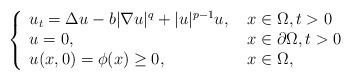
LaTeX: \begin{align*}\left\{\begin{array}{ll}u_t = \Delta u - b|\nabla u|^{q} + |u|^{p-1}u,\ & x\in \Omega, t>0\\u = 0,\ & x\in \partial\Omega,t>0\\u(x,0) = \phi(x) \geq 0, \ & x\in \Omega,\end{array}\right.\end{align*}